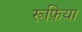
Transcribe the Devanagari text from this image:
रूफ़िया